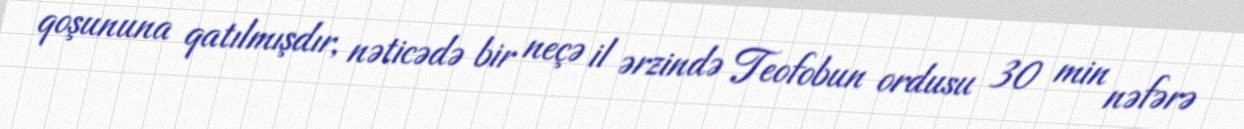
qoşununa qatılmışdır, nəticədə bir neçə il ərzində Teofobun ordusu 30 min nəfərə